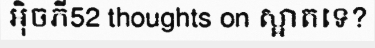
អ៊ិចភី52 thoughts on ស្អាតទេ?